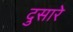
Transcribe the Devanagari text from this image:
दुसारे